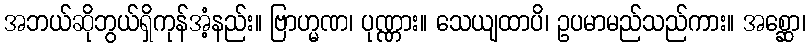
အဘယ်ဆိုဘွယ်ရှိကုန်အံ့နည်း။ ဗြာဟ္မဏ၊ ပုဏ္ဏား။ သေယျထာပိ၊ ဥပမာမည်သည်ကား။ အစ္ဆော၊